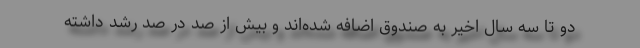
دو تا سه سال اخیر به صندوق اضافه شده‌اند و بیش از صد در صد رشد داشته